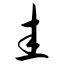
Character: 圭